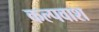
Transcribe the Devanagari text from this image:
कल्पवाश